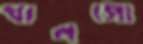
খালগো